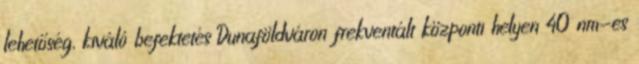
lehetőség, kiváló befektetés Dunaföldváron frekventált központi helyen 40 nm-es